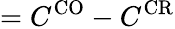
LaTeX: =C^{\mathrm{CO}}-C^{\mathrm{CR}}